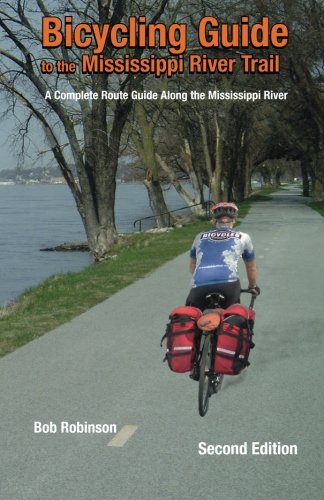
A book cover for Bicycling Guide To The Mississippi River Trail: A Complete Route Guide Along The Mississippi River; Bob Robinson; Sports & Outdoors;